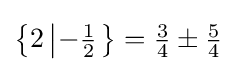
\textstyle \left\{2\left|-{\frac {1}{2}}\right.\right\}={\frac {3}{4}}\pm {\frac {5}{4}}